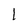
Character: 1